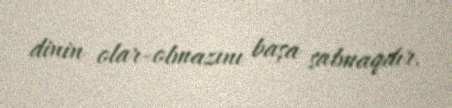
dinin olar-olmazını başa salmaqdır.